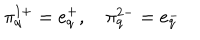
\pi _ { q } ^ { 1 + } = e _ { q } ^ { + } , \quad \pi _ { q } ^ { 2 - } = e _ { q } ^ { - }